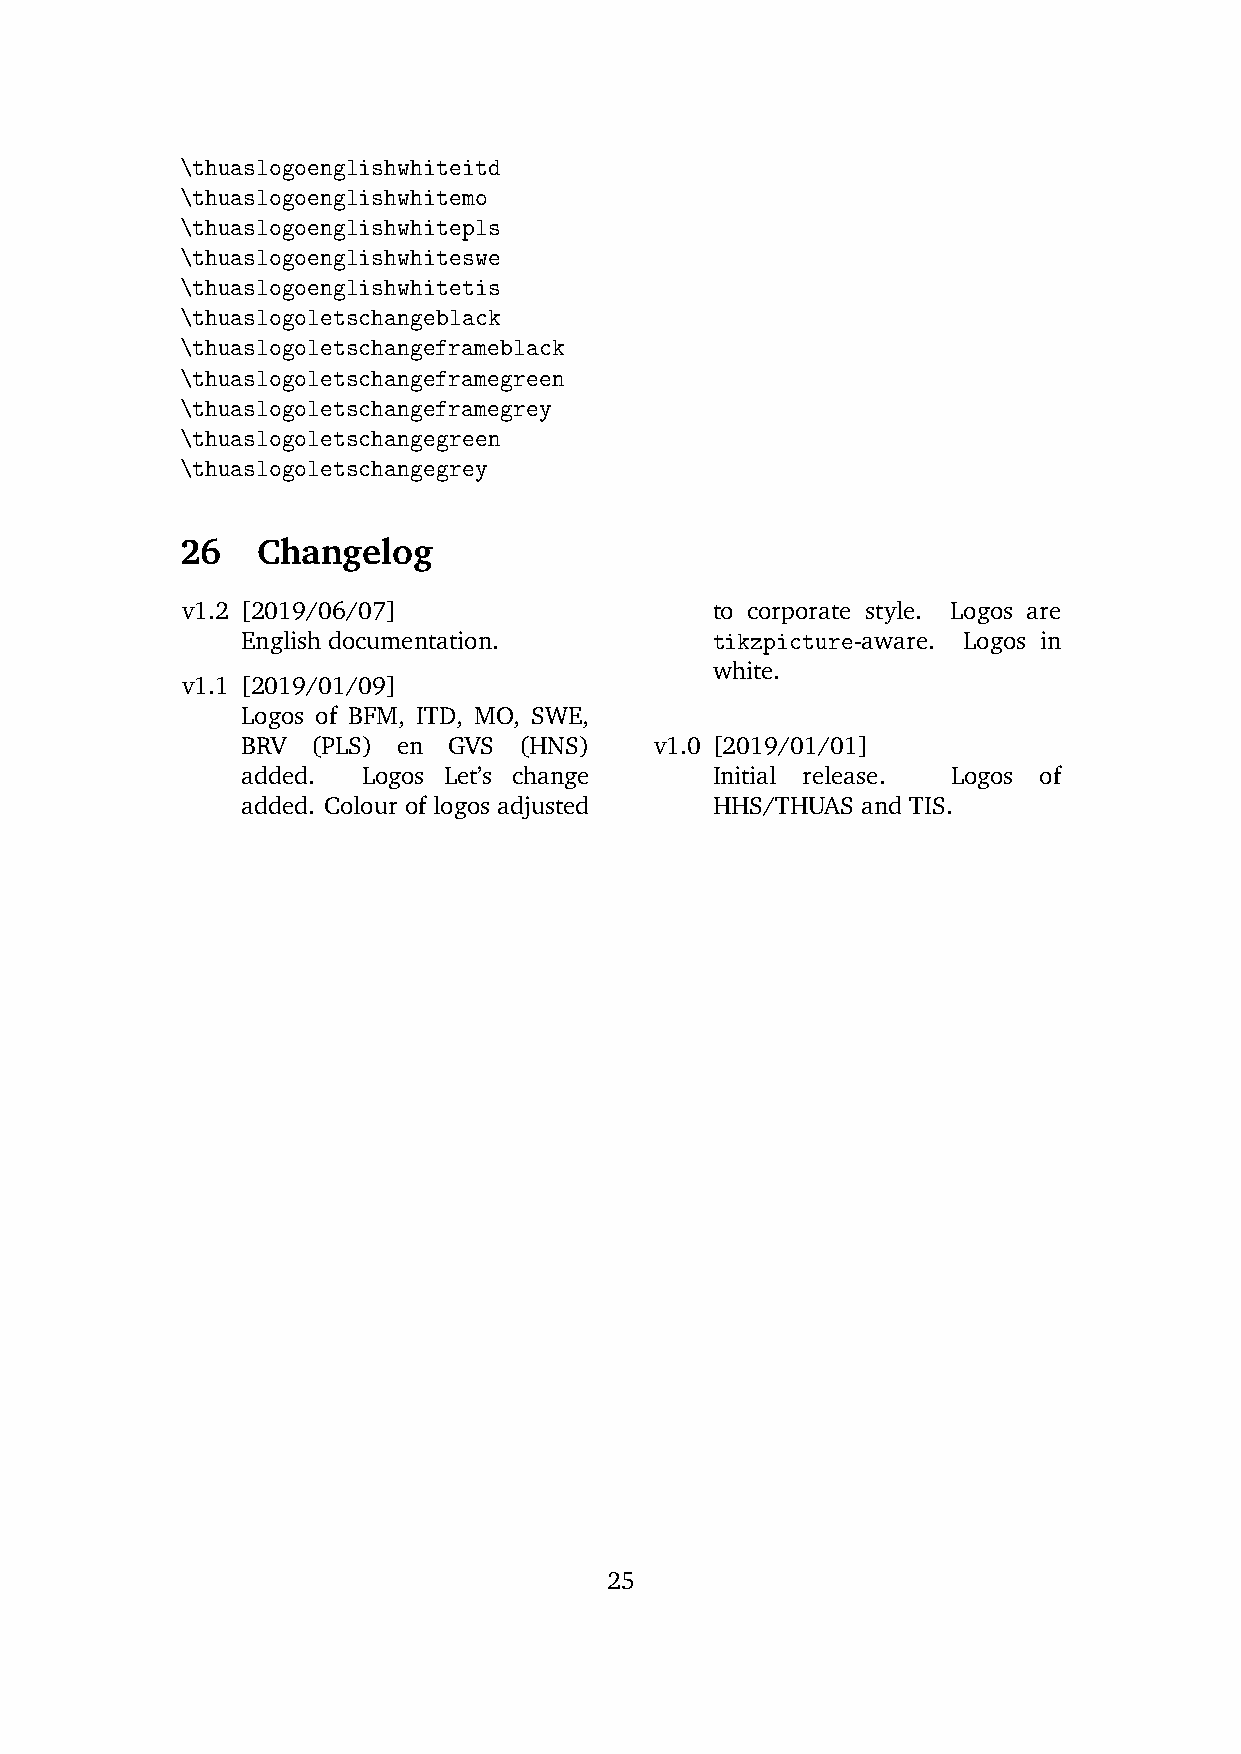
\thuaslogoenglishwhiteitd
 \thuaslogoenglishwhitemo
 \thuaslogoenglishwhitepls
 \thuaslogoenglishwhiteswe
 \thuaslogoenglishwhitetis
 \thuaslogoletschangeblack
 \thuaslogoletschangeframeblack
 \thuaslogoletschangeframegreen
 \thuaslogoletschangeframegrey
 \thuaslogoletschangegreen
 \thuaslogoletschangegrey
 26   Changelog
 v1.2 [2019/06/07]                  to corporate style. Logos are
 English documentation.         tikzpicture-aware. Logos in
 white.
 v1.1 [2019/01/09]
 Logos of BFM, ITD, MO, SWE,
 BRV  (PLS) en GVS (HNS)    v1.0 [2019/01/01]
 added.  Logos Let’s change     Initial release. Logos of
 added. Colour of logos adjusted HHS/THUAS and TIS.
 25